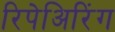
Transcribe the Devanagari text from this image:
रिपेअिरिंग